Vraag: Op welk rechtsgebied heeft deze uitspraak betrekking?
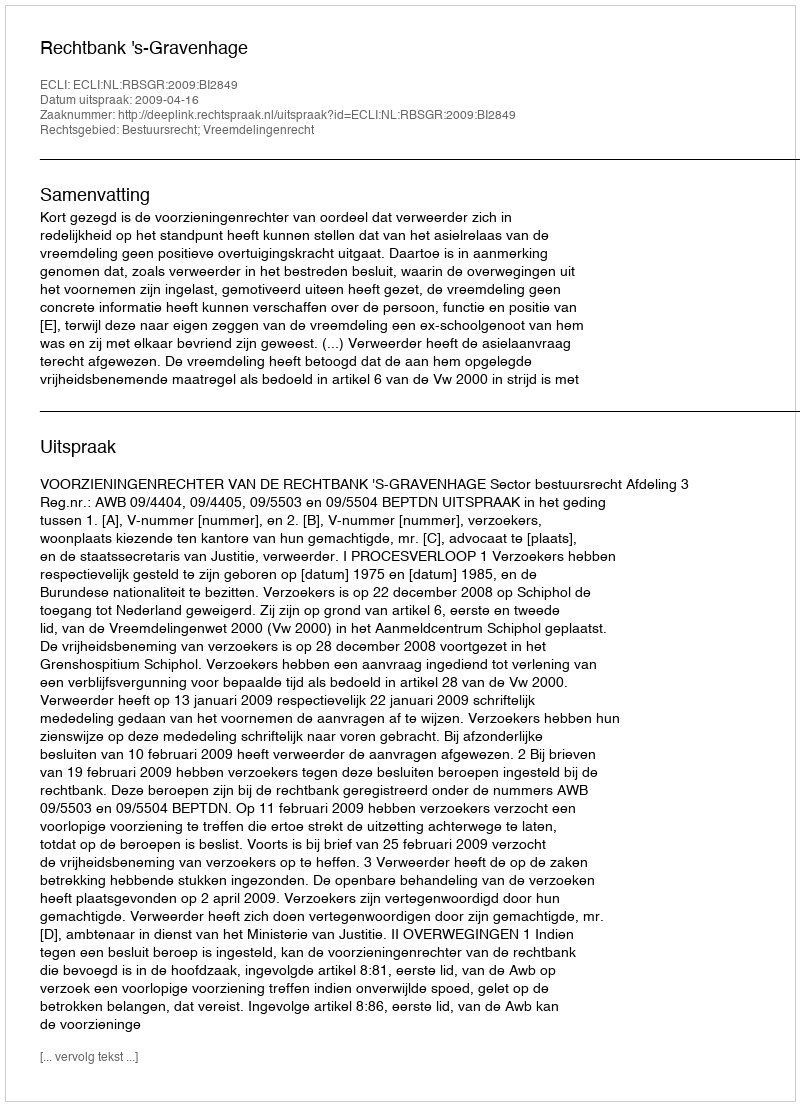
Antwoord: Bestuursrecht; Vreemdelingenrecht